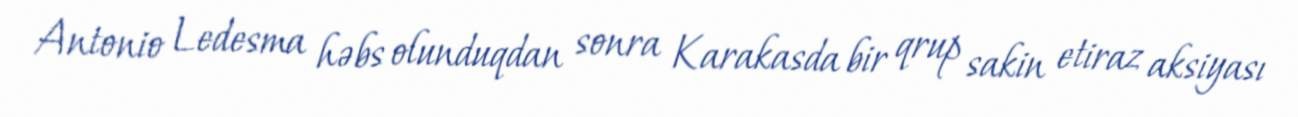
Antonio Ledesma həbs olunduqdan sonra Karakasda bir qrup sakin etiraz aksiyası